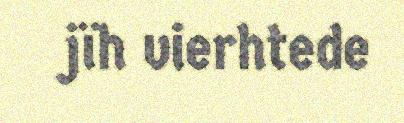
jïh vierhtede